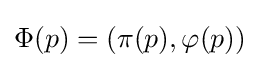
\Phi (p)=(\pi (p),\varphi (p))